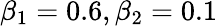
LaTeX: \beta_{1}=0.6,\beta_{2}=0.1